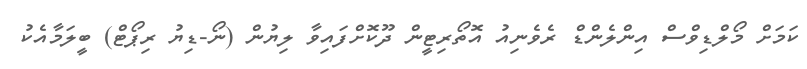
ކަމަށް މޯލްޑިވްސް އިންލެންޑް ރެވެނިއު އޮތޯރިޓީން ދޫކޮށްފައިވާ ލިޔުން (ނޯ-ޑިޔު ރިޕޯޓް) ބީލަމާއެކު